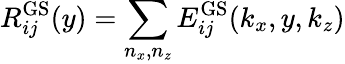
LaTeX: R_{ij}^{\mathrm{GS}}(y)=\sum_{n_{x},n_{z}}E_{ij}^{\mathrm{GS}}(k_{x},y,k_{z})